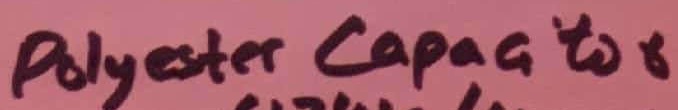
Text: Polyster Capacitor